Lunatic asylums Bombay report 1891-1903 - 1891-1903
Year: 1891
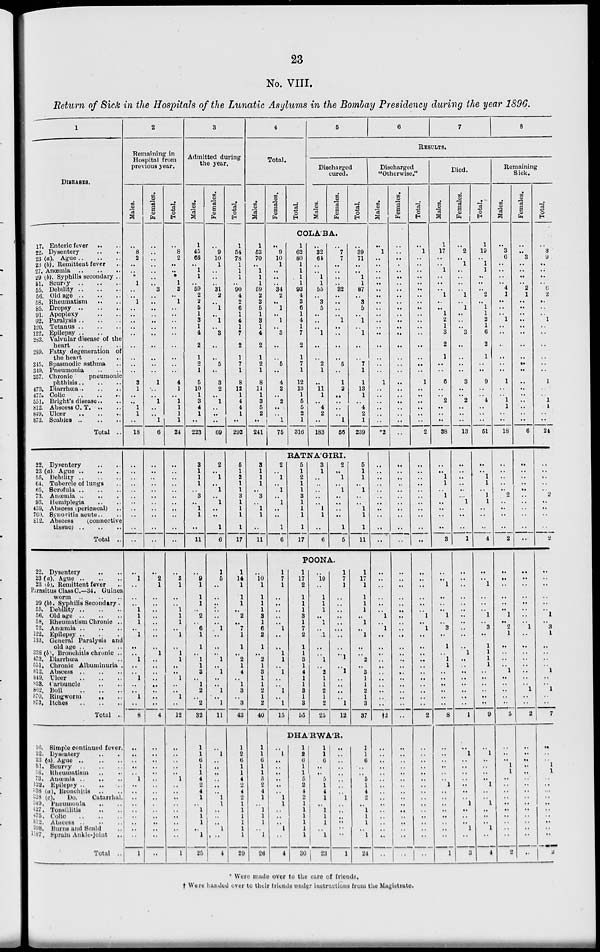
23
No. VIII.
Return of Sick in the Hospitals of the Lunatic Asylums in the Bombay Presidency during the year 1896.
1
DlSEASES.
17. Enteric fever .. ..
22. Dysentery .. ..
23 (a). Ague
..
..
..
23 (b). Remittent fever ..
27. Anœmia
..
..
..
29 (b). Syphilis secondary ..
51. Scurvy
..
..
..
55. Debility
..
..
..
56. Old age
..
..
..
58. Rheumatism .. ..
85. Dropsy
..
..
..
91. Apoplexy .. ..
92. Paralysis
..
..
..
120. Tetanus
..
..
..
122. Epilepsy .. ..
283. Valvular disease of the
heart
..
..
..
289. Fatty degeneration of
the heart .. ..
345. Spasmodic asthma ..
349. Pneumonia .. ..
357. Chronic
pneumonic
phthisis
..
..
..
473. Diarrhœa
..
..
..
475. Colic
..
..
..
551. Bright's disease .. ..
812. Abscess C. T. .. ..
849. Ulcer
..
..
..
873. Scabies
..
..
..
Total ..
22. Dysentery .. ..
23 (a). Ague
..
..
..
55. Debility
..
..
..
64. Tubercle of lungs ..
65. Scrofula
..
..
..
73. Anœmia
..
..
..
93. Hemiplegia .. ..
459. Abscess (pericæcal) ..
760. Synovitis acute .. ..
812. Abscess
(connective
tissue)
..
..
..
Total ..
22.Dysentery .. ..
23 (a). Ague
..
..
..
23 (b). Remittent fever ..
Parasitus Class C.—34. Guinea
worm .. .. ..
29 (b). Syphilis Secondary ..
55. Debility
..
..
..
56. Old age
..
..
..
58. Rheumatism Chronic ..
73. Anœmia
..
..
..
122. Epilepsy .. .. ..
133. General Paralysis and
old age
..
..
..
338 (b) Bronchitis chronic ..
473. Diarrhœa ..
551. Chronic Albuminuria ..
812. Abscess
..
..
..
849. Ulcer
..
..
..
853. Carbuncle .. ..
862. Boil
..
..
..
870. Ringworm .. ..
873. Itches .. .. ..
Total ..
16. Simple continued fever ..
22. Dysentery .. ..
23 (a). Ague
..
..
..
51. Scurvy
..
..
..
58. Rheumatism .. ..
73. Auœinia
..
..
..
122. Epilepsy
..
..
..
338 (a). Bronchitis .. ..
338 (c).
Do.
Catarrhal.
349. Pneumonia .. ..
427. Tonsillitis .. ..
475.
Colie
..
..
..
812. Abscess .. .. ..
998. Burns and Scald
..
1187.
Sprain
Ankle-joint
Total ..
2
Remaining in
Hospital from
previous year.
Males.
..
8
2
..
..
..
1
..
..
1
..
..
..
..
..
..
..
..
..
3
1
..
..
1
1
..
18
..
..
..
..
..
..
..
..
..
..
..
..
1
..
..
..
1
1
1
.. 1
..
..
1
..
..
1
..
..
1
..
8
..
..
..
..
..
1
..
..
..
..
..
..
..
..
..
1
Females.
..
..
..
..
..
..
..
3
..
..
..
..
..
..
..
..
..
..
..
1
..
..
1
..
..
1
6
..
..
..
..
..
..
..
..
..
..
..
..
2
1
..
..
..
..
..
..
..
..
1
..
..
..
..
..
..
..
..
4
..
..
..
..
..
..
..
..
..
..
..
..
..
..
..
..
Total.
..
8
2
..
..
..
1
3
..
1
..
..
..
..
..
..
..
..
..
4
1
..
1
1
1
1
24
..
..
..
..
..
..
..
..
..
..
..
..
3
1
..
..
1
1
1
..
1
..
1
1
..
..
1
..
..
1
..
12
..
..
..
..
..
1
..
..
..
..
..
..
..
..
..
1
3
Admitted during
the year.
Males.
1
45
68
..
1
1
..
59
2
2
5
1
3
1
4
2
1
2
1
5
10
1
3
4
1
..
223
3
1
1
1
..
3
.. 1
1
..
11
..
9
1
1
1
..
2
..
6
1
1
..
1
1
3
.. 1
2
..
2
32
1
1
6
1
1
4
2
4
1
..
1
1
1
..
1
25
Females.
..
9
10
1
..
..
..
31
2
..
1
..
1
..
3
..
..
5
..
3
2
..
1
..
..
..
69
2
..
1
..
1
..
1
..
..
1
6
1
5
..
..
..
..
..
..
1
..
..
..
1
..
1
..
..
1
..
1
11
..
1
..
..
..
..
..
..
1
1
..
..
..
1
..
4
Total.
1
54
78
1
1
1
..
90
4
2
6
1
4
1
7
2
1
7
1
8
12
1
4
4
1
..
292
5
1
2
1
1
3
1
1
1
1
17
1
14
1
1
1
..
2
..
7
1
1
..
2
1
4
.. 1
3
..
3
43
1
2
6
1
1
4
2
4
2
1
1
1
1
1
1
29
4
Total.
Males.
1
53
70
..
1
1
1
59
2
3
5
1
3
1
4
2
1
2
1
8
11
1
3
5
2
..
241
3
1
1
1
..
3
..
1
1
..
11
..
10
1
1
1
1
3
1
6
2
1
..
2
1
3
1
1
2
1
2
40
1
1
6
1
1
5
2
4
1
..
1
1
1
..
1
26
Females.
Total.
5
6
7
8
RESULTS.
Discharged
cured.
Males.
Females.
Total.
COLA'BA.
..
9
10
1
..
..
..
34
2
..
1
..
1
..
3
..
..
5
..
4
2
..
2
..
..
1
75
1
62
80
1
1
1
1
93
4
3
6
1
4
1
7
2
1
7
1
12
13
1
5
5
2
1
316
..
32
64
..
..
1
1
55
..
3
5
..
..
..
1
..
..
2
1
..
11
1
..
4
2
..
183
..
7
7
..
..
..
..
32
..
..
..
..
1
..
..
..
..
5
..
1
2
..
..
..
..
1
56
..
39
71
..
..
1
1
87
..
3
5
..
1
..
1
..
..
7
1
1
13
1
..
4
2
1
239
RATNA'GIRI.
2
..
1
..
1
..
1
..
..
1
6
5
1
2
1
1
3
1
1
1
1
17
3
1
..
..
..
..
..
1
1
..
6
2
..
1
..
1
..
..
..
..
1
5
5
1
1
..
1
..
..
1
1
1
11
POONA.
1
7
1
..
..
..
..
..
1
..
..
1
1
..
1
..
..
1
..
1
15
1
17
2
1
1
1
3
1
7
2
1
1
3
1
4
1
1
3
1
3
55
..
10
..
1
1
1
..
1
..
1
..
..
1
..
2
1
1
2
1
2
25
1
7
1
..
..
..
..
..
..
..
..
..
1
..
1
..
..
..
..
1
12
1
17
1
1
1
1
..
1
..
1
..
..
2
..
3
1
1
2
1
3
37
DHA'RWA'R.
..
1
..
..
..
..
..
..
1
1
..
..
..
1
..
4
1
2
6
1
1
5
2
4
2
1
1
1
1
1
1
30
1
1
6
..
..
5
1
4
1
..
1
1
1
..
1
23
..
..
..
..
..
..
..
..
1
..
..
..
..
..
..
1
1
1
6
..
..
5
1
4
2
..
1
1
1
..
1
24
Discharged
"Otherwise"
Males.
..
1
..
..
..
..
..
..
..
..
..
..
..
..
..
..
..
..
..
1
..
..
..
..
..
*2
..
..
..
..
..
..
..
..
..
..
..
..
..
..
..
..
..
1
..
1
..
..
..
..
..
..
..
..
..
..
..
†2
..
..
..
..
..
..
..
..
..
..
..
..
..
..
..
..
Females.
..
..
..
..
..
..
..
..
..
..
..
..
..
..
..
..
..
..
..
..
..
..
..
..
..
..
..
..
..
..
..
..
..
..
..
..
..
..
..
..
..
..
..
..
..
..
..
..
..
..
..
..
..
..
..
..
..
..
..
..
..
..
..
..
..
..
..
..
..
..
..
..
..
..
..
Total.
..
1
..
..
..
..
..
..
..
..
..
..
..
..
..
..
..
..
..
1
..
..
..
..
..
..
2
..
..
..
..
..
..
..
..
..
..
..
..
..
..
..
..
..
1
..
1
..
..
..
..
..
..
..
..
..
..
..
2
..
..
..
..
..
..
..
..
..
..
..
..
..
..
..
..
Died.
Males.
1
17
..
..
1
..
..
..
1
..
..
1
2
1
3
2
1
..
..
6
..
..
2
..
..
..
38
..
..
1
1
..
1
..
..
..
..
3
..
..
1
..
..
..
1
..
3
..
1
..
1
1
..
..
..
..
..
..
8
..
..
..
..
..
..
1
..
..
..
..
..
..
..
..
1
Females.
..
2
..
1
..
..
..
..
1
..
1
..
..
..
3
..
..
..
..
3
..
..
2
..
..
..
13
..
..
..
..
..
..
1
..
..
..
1
..
..
..
..
..
..
..
..
..
..
..
1
..
..
..
..
..
..
..
..
1
..
1
..
..
..
..
..
..
..
1
..
..
..
1
..
3
Total.
1
19
..
1
1
..
..
..
2
..
1
1
2
1
6
2
1
..
..
9
..
..
4
..
..
..
51
..
..
1
1
..
1
1
..
..
..
4
..
..
1
..
..
..
1
..
3
..
1
1
1
1
..
..
..
..
..
..
9
..
1
..
..
..
..
1
..
..
1
..
..
..
1
..
4
Remaining
Sick.
Males.
..
3
6
..
..
..
..
4
1
..
..
..
1
..
..
..
..
..
..
1
..
..
1
1
..
..
18
..
..
..
..
..
2
..
..
..
..
2
..
..
..
..
..
..
1
..
2
1
..
..
..
..
1
..
..
..
..
..
5
..
..
.. 1
1
..
..
..
..
..
..
..
..
..
..
2
Females.
..
..
3
..
..
..
..
2
1
..
..
..
..
..
..
..
..
..
..
..
..
..
..
..
..
..
6
..
..
..
..
..
..
..
..
..
..
..
..
..
..
..
..
..
..
..
1
..
..
..
..
..
..
..
1
..
..
2
..
..
..
..
..
..
..
..
..
..
..
..
..
..
..
..
Total.
..
3
9
..
..
..
..
6
2
..
..
..
1
..
..
..
..
..
..
1
..
..
1
1
..
..
24
..
..
..
..
..
2
..
..
..
..
2
..
..
..
..
..
..
1
..
3
1
..
..
..
..
1
..
..
1
..
..
7
..
..
..
1
1
..
..
..
..
..
..
..
..
..
..
2
Were made over to the care of friends.
†Were handed over to their friends under instructions from the Magistrate.